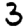
Digit: 3